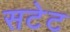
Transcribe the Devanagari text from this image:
सटेट